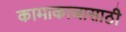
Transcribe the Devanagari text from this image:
कामाकाजासाठी